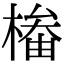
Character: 㮥